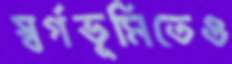
স্বর্গভূমিতেও